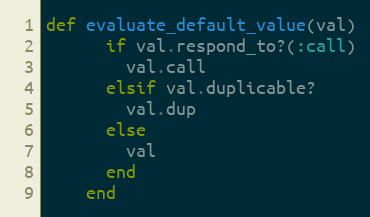
Language: Ruby
def evaluate_default_value(val)
      if val.respond_to?(:call)
        val.call
      elsif val.duplicable?
        val.dup
      else
        val
      end
    end